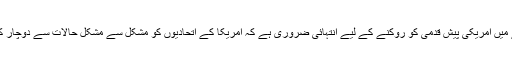
لہٰذا خطے میں امریکی پیش قدمی کو روکنے کے لیے انتہائی ضروری ہے کہ امریکا کے اتحادیوں کو مشکل سے مشکل حالات سے دوچار کیا جائے ۔